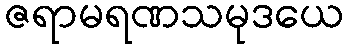
ဇရာမရဏသမုဒယေ